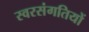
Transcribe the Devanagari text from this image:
स्वरसंगतियों